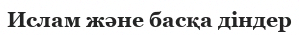
Ислам және басқа діндер